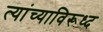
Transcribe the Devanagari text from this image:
त्यांच्याविरूध्द